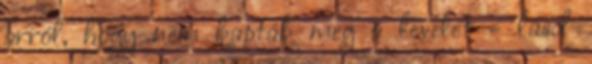
arról, hogy nem kapták meg a levelet - lásd